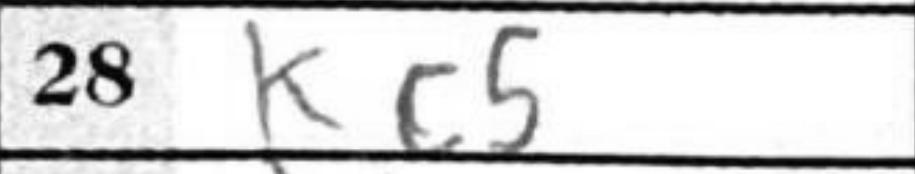
Transcription: Kc5